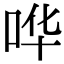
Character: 哗